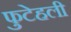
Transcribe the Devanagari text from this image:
फुटेहली